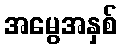
အမွေအနှစ်